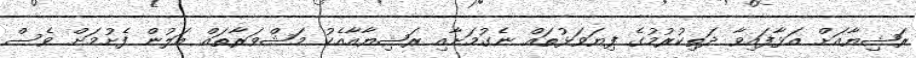
ރަޝިޔާއަށް އަޅާފައިވާ ދަތިކުރުމުގެ ފިޔަވަޅުތައް ނެގުމަށާއި ރަޝިޔާއާއެކު މަޝްވަރާތައް އަލުން ފެށުމަށް ވެސް